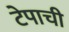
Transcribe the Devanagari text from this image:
टेपाची